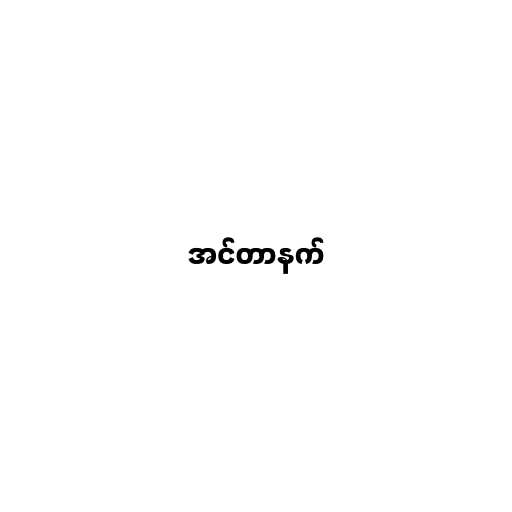
အင်တာနက်